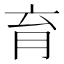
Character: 育